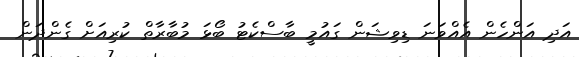
އަދި އަންހެން އެއްވަނަ ޑިވިޝަން ގައުމީ ބާސްކެޓު ބޯޅަ މުބާރާތް ކުރިއަށް ގެންދަން